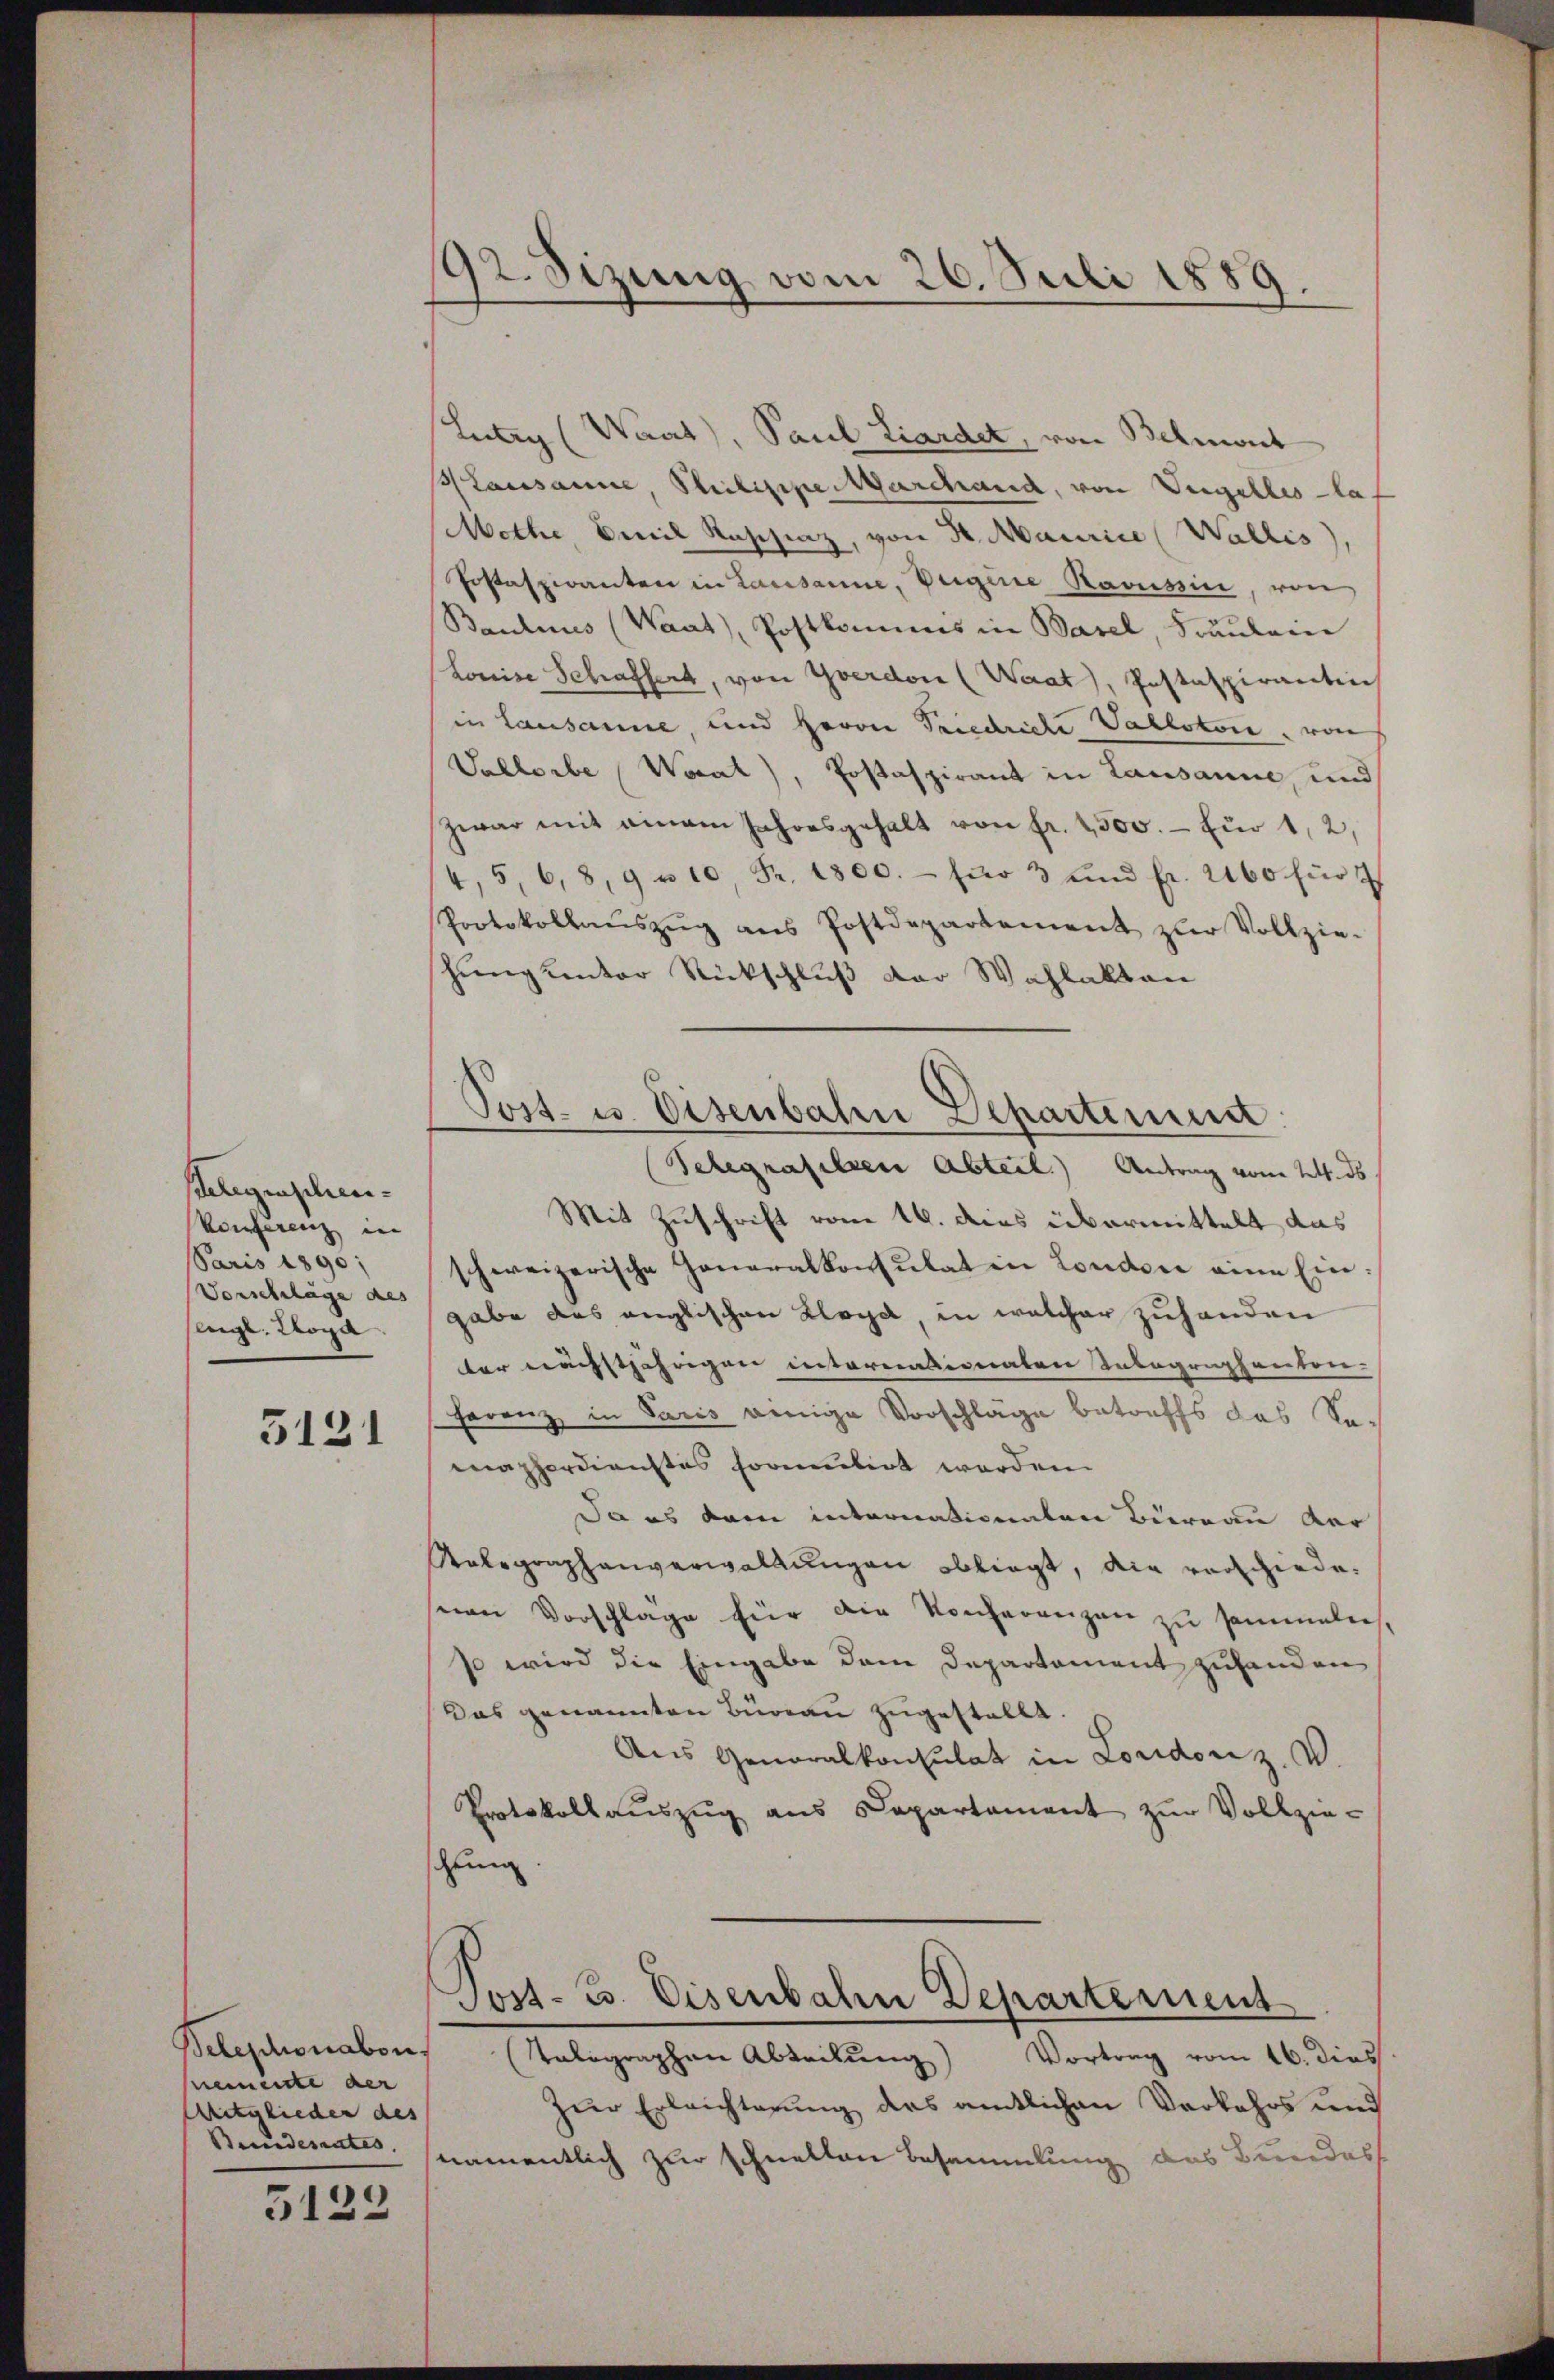
Belegenschen¬
Vonferenz in
Paris 1890;
Vorschläge des
flegt. Soga

5121

Belephonabon,
pemente der
Mitglieder des
Bundesrates. |

5122

192. Sizung vom 26. Juli 1889.

Lutry (Waat), Paul Liardet, von Belmont
Lausanne, Philippe durchand, von Vigilles la
Mothe Beil Raschinz, von Sr. Maurice (Wallis)
Pestaspiranten in Lausanne, Degene Racussin, von
Baulines (Waat, Postkommis in Basel, Spaulen
Louise Schaffert, von Yverdon (Waat), Pastaspirantin
in Lausanne, und Herrn Friedriche Vallotore, von
Vallorbe (Waat), Postaspirant in Lausanne, und
zwar mit einem Jahresgehalt von fr. 2500.- für 1, 2,
4, 5, 6, 8,9 u 10 Fr. 1800.- für 3 und fr. 2160 für 7
Protokollaŭszŭg ans Postdepartement zŭr Vollzie-
hung kentor Rückschluß der Wahlakten
Schegrafilzen Abteil. Antrag vom 24. ds
Mit Zuschrift vom 16. dies übermittelt das
schweizerische Generalkonsulat in London eine Eingabe das anglischen Klage, in welcher zuhanden
ter nächstjährigen internationaten Inbegraphanton-
Ferenz in Paris wenige Vorschläge betreffs das Se-
mapferdienstes formulirt werden.
Da es dem internationaten Büreau der
Kolegraphenverwaltungen obliegt, die vorschiede-
sion Vorschlage für die Konferenzen zu sammelen,
so wird die Eingabe dem Departament zuhanden
Das genannten Bureau zugestellt.
Aus Generalkonsulat in Londoniz, v.
Protokollauszug aus Capartament zur Vollzieschung
Post- u. Eisenbahn Departement
Telegraphen Abteilung) Vortrag vom 16. dies
Zur Erleichterung des amtlichen Verkehrs und
namentlich zur schnellen Besammlung das Bundes

Post- u. Eisenbahn Departemend